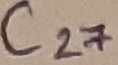
Text: C27